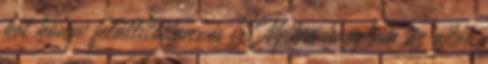
két könyv felállítottan, és ír. Nyitva hagytam az ajtót,